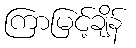
ကြာမြင့်ချိန်